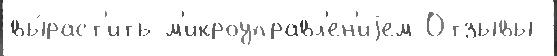
вы́раст'ить м'икроуправл'ен'иjем Отзывы